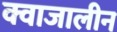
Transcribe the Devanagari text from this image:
क्वाजालीन